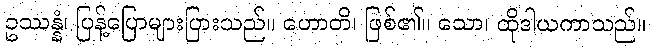
ဥဿန္နံ၊ ပြန့်ပြောများပြားသည်။ ဟောတိ၊ ဖြစ်၏။ သော၊ ထိုဒါယကာသည်။